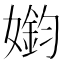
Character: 𫱳